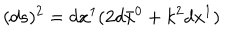
LaTeX: ( d s ) ^ { 2 } = d x ^ { 1 } ( 2 d \bar { x } ^ { 0 } + k ^ { 2 } d x ^ { 1 } )